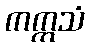
ကက္ကသံ